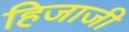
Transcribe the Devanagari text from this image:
हिजाजी